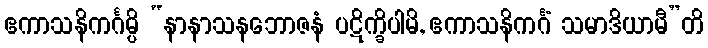
ဧကာသနိကင်္ဂမ္ပိ “နာနာသနဘောဇနံ ပဋိက္ခိပါမိ, ဧကာသနိကင်္ဂံ သမာဒိယာမီ”တိ